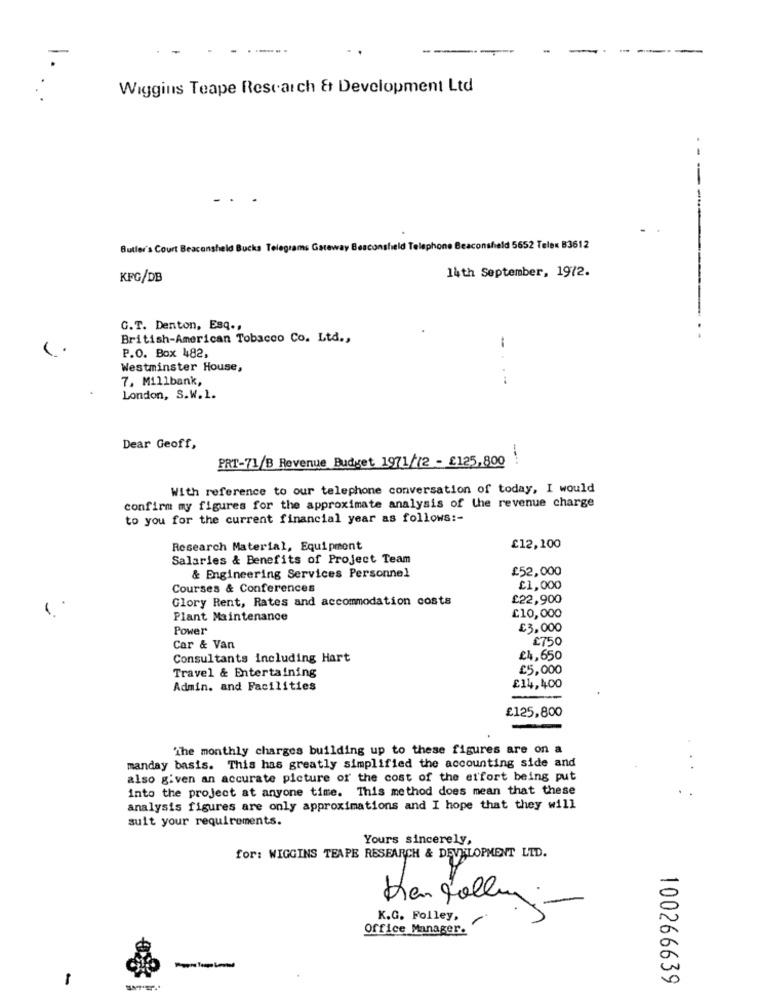
----.
1.
Wiggins Teape Research & Development Ltd
Butler's Court Beaconsheld Bucks Telegrams Gateway Besconshield Telephone Beaconshield 5652 Telex B3612
KFG/DB
14th September, 19/2.
G.T. Denton, Esq .,
British-American Tobacco Co. Ltd .,
. .
P.O. Box 482,
..
Westminster House,
7. Millbank,
London, S.W.1.
Dear Geoff,
PRT-71/B Revenue Budget 1971/12 - £125,800
---
With reference to our telephone conversation of today, I would
confirm my figures for the approximate analysis of the revenue charge
to you for the current financial year as follows :-
Research Material, Equipment
£12,100
Salaries & Benefits of Project Team
£52,000
& Engineering Services Personnel
Courses & Conferences
£1,000
Glory Rent, Rates and accommodation costs
£22,900
Plant Maintenance
£10,000
Power
£3,000
£750
Car & Van
Consultants Including Hart
£4,650
Travel & Entertaining
£5,000
Admin. and Facilities
£14,400
£125,800
The monthly charges building up to these figures are on a
manday basis. This has greatly simplified the accounting side and
also given an accurate picture of the cost of the effort being put
into the project at anyone time. This method does mean that these
analysis figures are only approximations and I hope that they will
suit your requirements.
Yours sincerely,
for: WIGGINS TEAPE RESEARCH & DEVELOPMENT LTD.
Ken folle
K.G. Folley,
Office Manager.
100266639